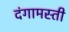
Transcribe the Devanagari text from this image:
दंगामस्ती